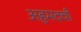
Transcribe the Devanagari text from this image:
अहमदची